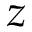
z